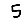
Digit: 5